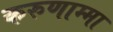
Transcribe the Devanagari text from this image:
करुणाम्मा